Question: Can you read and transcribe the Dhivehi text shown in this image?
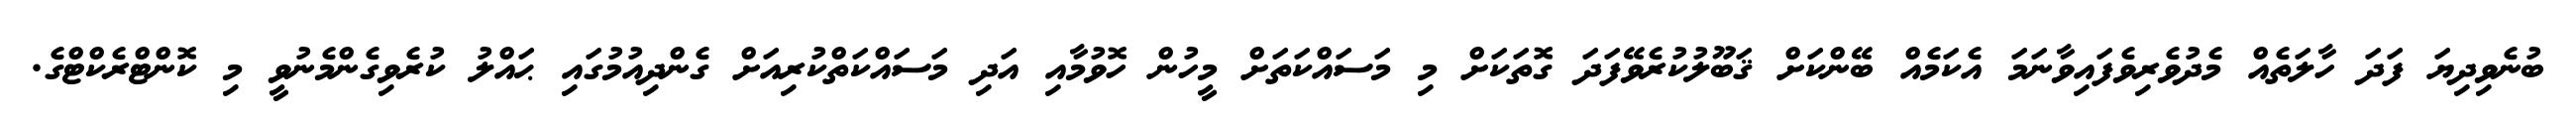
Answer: ބުނެވިދިޔަ ފަދަ ހާލަތެއް މެދުވެރިވެފައިވާނަމަ އެކަމެއް ބޭންކަށް ޤަބޫލުކުރެވޭފަދަ ގޮތަކަށް މި މަސައްކަތަށް މީހުން ހޮވުމާއި އަދި މަސައްކަތްކުރިއަށް ގެންދިއުމުގައި ޙައްލު ކުރެވިގެންމެނުވީ މި ކޮންޓްރެކްޓްގެ.